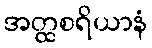
အတ္ထစရိယာနံ